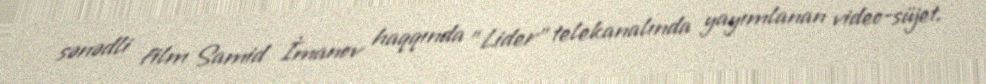
sənədli film Samid İmanov haqqında "Lider" telekanalında yayımlanan video-süjet.